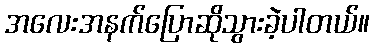
အလေးအနက်ပြောဆိုသွားခဲ့ပါတယ်။